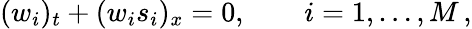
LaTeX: (w_{i})_{t}+(w_{i}s_{i})_{x}=0,\qquad i=1,\dots,M\, ,